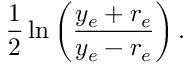
{ \frac { 1 } { 2 } } \ln \left( { \frac { y _ { e } + r _ { e } } { y _ { e } - r _ { e } } } \right) .